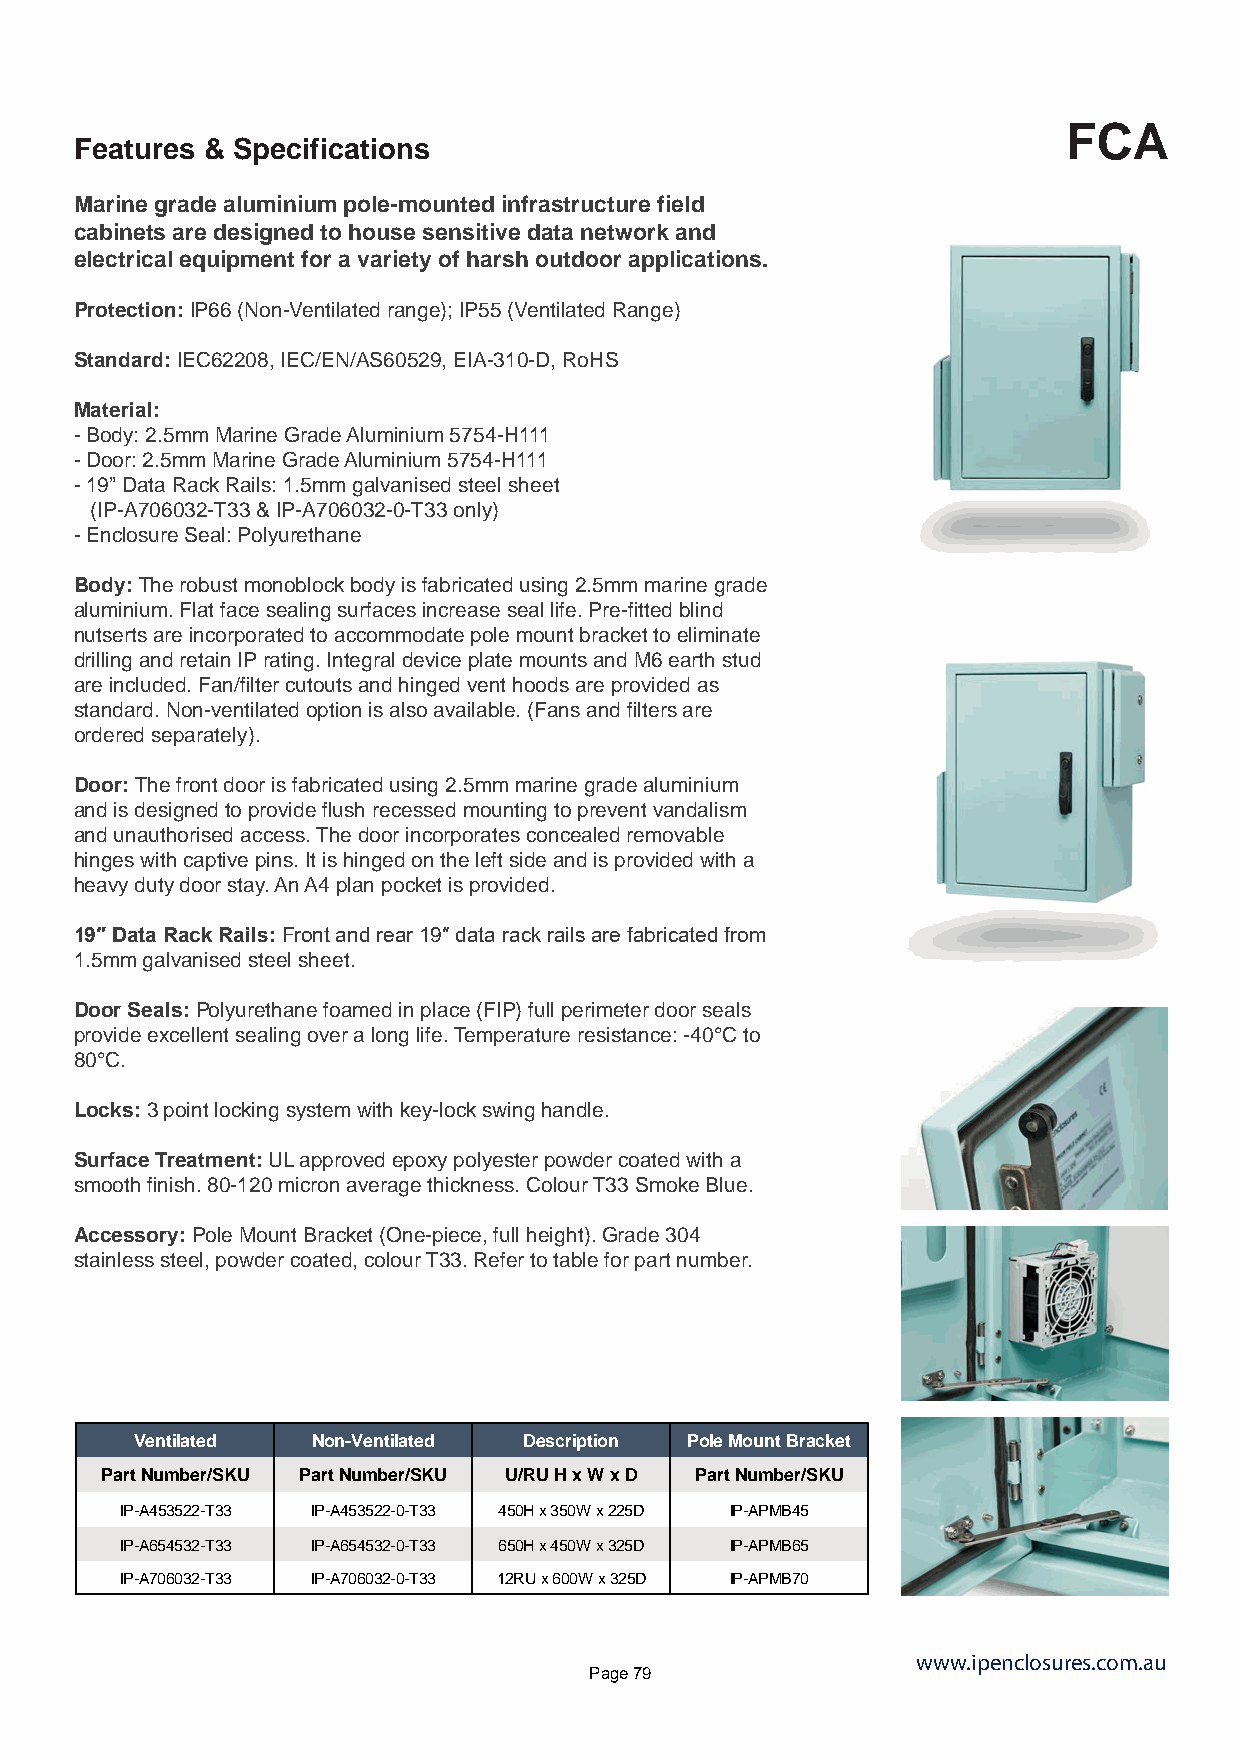
FCA
 Features & Specifications
 Marine grade aluminium pole-mounted infrastructure field
 cabinets are designed to house sensitive data network and
 electrical equipment for a variety of harsh outdoor applications.
 Protection: IP66 (Non-Ventilated range); IP55 (Ventilated Range)
 Standard: IEC62208, IEC/EN/AS60529, EIA-310-D, RoHS
 Material:
 - Body: 2.5mm Marine Grade Aluminium 5754-H111
 - Door: 2.5mm Marine Grade Aluminium 5754-H111
 - 19” Data Rack Rails: 1.5mm galvanised steel sheet
 (IP-A706032-T33 & IP-A706032-0-T33 only)
 - Enclosure Seal: Polyurethane
 Body: The robust monoblock body is fabricated using 2.5mm marine grade
 aluminium. Flat face sealing surfaces increase seal life. Pre-fitted blind
 nutserts are incorporated to accommodate pole mount bracket to eliminate
 drilling and retain IP rating. Integral device plate mounts and M6 earth stud
 are included. Fan/filter cutouts and hinged vent hoods are provided as
 standard. Non-ventilated option is also available. (Fans and filters are
 ordered separately).
 Door: The front door is fabricated using 2.5mm marine grade aluminium
 and is designed to provide flush recessed mounting to prevent vandalism
 and unauthorised access. The door incorporates concealed removable
 hinges with captive pins. It is hinged on the left side and is provided with a
 heavy duty door stay. An A4 plan pocket is provided.
 19″ Data Rack Rails: Front and rear 19″ data rack rails are fabricated from
 1.5mm galvanised steel sheet.
 Door Seals: Polyurethane foamed in place (FIP) full perimeter door seals
 provide excellent sealing over a long life. Temperature resistance: -40°C to
 80°C.
 Locks: 3 point locking system with key-lock swing handle.
 Surface Treatment: UL approved epoxy polyester powder coated with a
 smooth finish. 80-120 micron average thickness. Colour T33 Smoke Blue.
 Accessory: Pole Mount Bracket (One-piece, full height). Grade 304
 stainless steel, powder coated, colour T33. Refer to table for part number.
 Ventilated  Non-Ventilated Description Pole Mount Bracket
 Part Number/SKU Part Number/SKU U/RU H x W x D Part Number/SKU
 IP-A453522-T33 IP-A453522-0-T33 450H x 350W x 225D IP-APMB45
 IP-A654532-T33 IP-A654532-0-T33 650H x 450W x 325D IP-APMB65
 IP-A706032-T33 IP-A706032-0-T33 12RU x 600W x 325D IP-APMB70
 www.ipenclosures.com.au
 Page 79